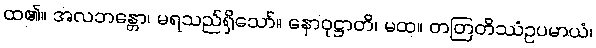
ထ၏။ အလဘန္တော၊ မရသည်ရှိသော်။ နောဝုဋ္ဌာတိ၊ မထ။ တတြတိဿံဥပမာယံ၊